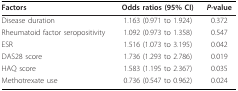
| Factors | Odds ratios (95% CI) | P-value |
 | --- | --- | --- |
 | Disease duration | 1.163 (0.971 to 1.924) | 0.372 |
 | Rheumatoid factor seropositivity | 1.092 (0.973 to 1.358) | 0.547 |
 | ESR | 1.516 (1.073 to 3.195) | 0.042 |
 | DAS28 score | 1.736 (1.293 to 2.786) | 0.019 |
 | HAQ score | 1.583 (1.195 to 2.367) | 0.035 |
 | Methotrexate use | 0.736 (0.547 to 0.962) | 0.024 |